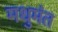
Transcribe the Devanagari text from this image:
मधुमंत